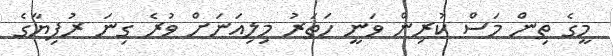
މީގެ ތިން މަސް ކުރިން ވަނީ ހަތަރު މިލިއަނަށް ވުރެ ގިނަ ރުފިޔާގެ